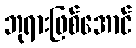
ဘုရားဖြစ်အောင်